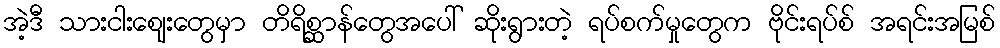
အဲ့ဒီ သားငါးဈေးတွေမှာ တိရိစ္ဆာန်တွေအပေါ် ဆိုးရွားတဲ့ ရပ်စက်မှုတွေက ဗိုင်းရပ်စ် အရင်းအမြစ်